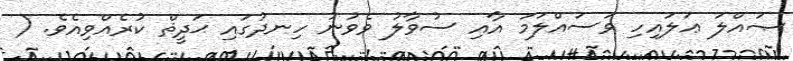
ޞައްލަ ޢަލައިހި ވަސައްލަމަ އާއި ސުވާލު ވެވުނު ހިނދުގައި ޙަދީޘް ކުރެއްވިއެވެ. (